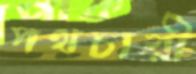
পথচারী